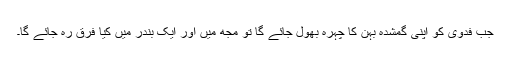
جب فدوی کو اپنی گمشدہ بہن کا چہرہ بھول جائے گا تو مجھ میں اور ایک بندر میں کیا فرق رہ جائے گا۔